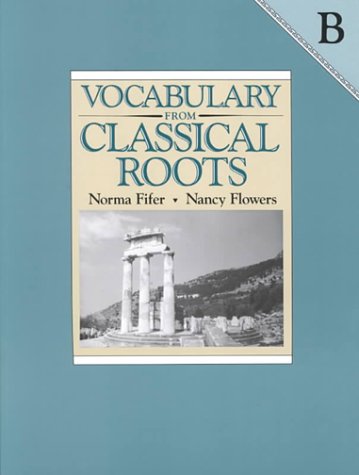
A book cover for Vocabulary from Classical Roots B; Norma Fifer; Teen & Young Adult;